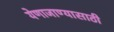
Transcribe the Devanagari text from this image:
येणाजाण्यासाठी